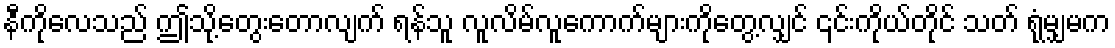
နီကိုလေသည် ဤသို့တွေးတောလျက် ရန်သူ လူလိမ်လူကောက်များကိုတွေ့လျှင် ၎င်းကိုယ်တိုင် သတ် ရုံမျှမက